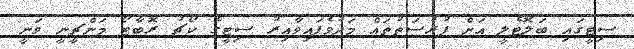
ސިޓީގައި ބަލޮޓެލީ އަށް ފުރުސަތުތައް މަދުވެފައިވާއިރު ސިޓީގެ ކޯޗު ރޮބާޓޯ މަންޗީނީ ވަނީ